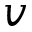
v